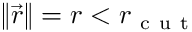
\left\Vert \vec { r } \right\Vert = r < r _ { \mathrm { ~ c ~ u ~ t ~ } }